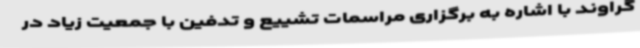
گراوند با اشاره به برگزاری مراسمات تشییع و تدفین با جمعیت زیاد در